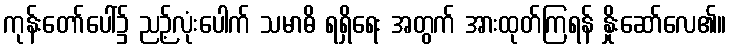
ကုန်းတော်ပေါ်၌ ညဉ့်လုံးပေါက် သမာဓိ ရရှိရေး အတွက် အားထုတ်ကြရန် နှိုးဆော်လေ၏။